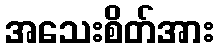
အသေးစိတ်အား